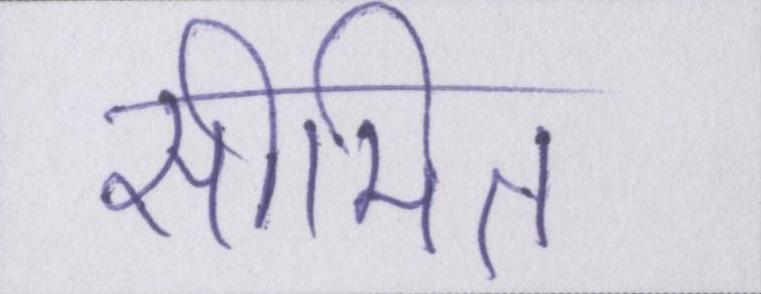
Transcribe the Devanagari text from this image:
सीमित